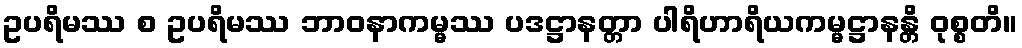
ဥပရိမဿ စ ဥပရိမဿ ဘာဝနာကမ္မဿ ပဒဋ္ဌာနတ္တာ ပါရိဟာရိယကမ္မဋ္ဌာနန္တိ ဝုစ္စတိ။